Scottish Leaving Certificate Examination, 1959
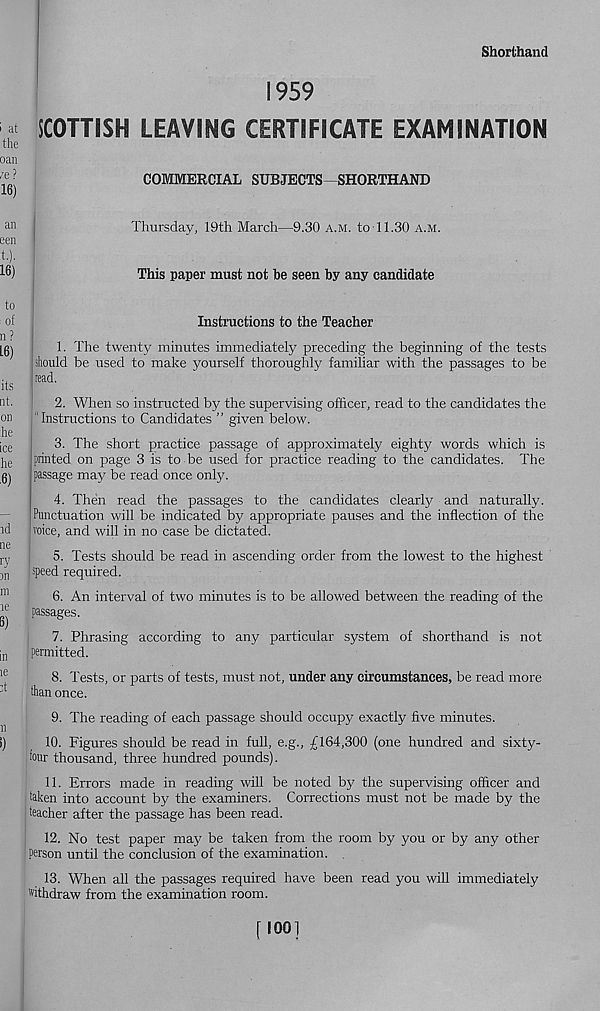
Shorthand
1959
SCOTTISH LEAVING CERTIFICATE EXAMINATION
COMMERCIAL SUBJECTS SHORTHAND
Thursday, 19th March—9.30 a.m. to 11.30 a.m.
This paper must not be seen by any candidate
Instructions to the Teacher
1. The twenty minutes immediately preceding the beginning of the tests
should be used to make yourself thoroughly familiar with the passages to be
read.
2. When so instructed by the supervising officer, read to the candidates the
“Instructions to Candidates ” given below.
3. The short practice passage of approximately eighty words which is
printed on page 3 is to be used for practice reading to the candidates. The
passage may be read once only.
4. Then read the passages to the candidates clearfy and naturally.
Punctuation will be indicated by appropriate pauses and the inflection of the
voice, and will in no case be dictated.
5. Tests should be read in ascending order from the lowest to the highest
speed required.
6. An interval of two minutes is to be allowed between the reading of the
passages.
7. Phrasing according to any particular system of shorthand is not
permitted.
8. Tests, or parts of tests, must not, under any circumstances, be read more
than once.
9. The reading of each passage should occupy exactly five minutes.
10. Figures should be read in full, e.g., £164,300 (one hundred and sixty-
four thousand, three hundred pounds).
11. Errors made in reading will be noted by the supervising officer and
taken into account by the examiners. Corrections must not be made by the
teacher after the passage has been read.
12. No test paper may be taken from the room by you or by any other
person until the conclusion of the examination.
13. When all the passages required have been read you will immediately
withdraw from the examination room.
[ 100]